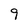
Character: 9